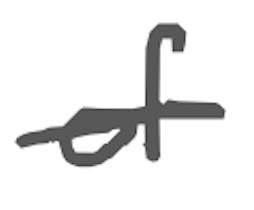
Text: of
Cross-out: single-line
Writing tool: digital_gray